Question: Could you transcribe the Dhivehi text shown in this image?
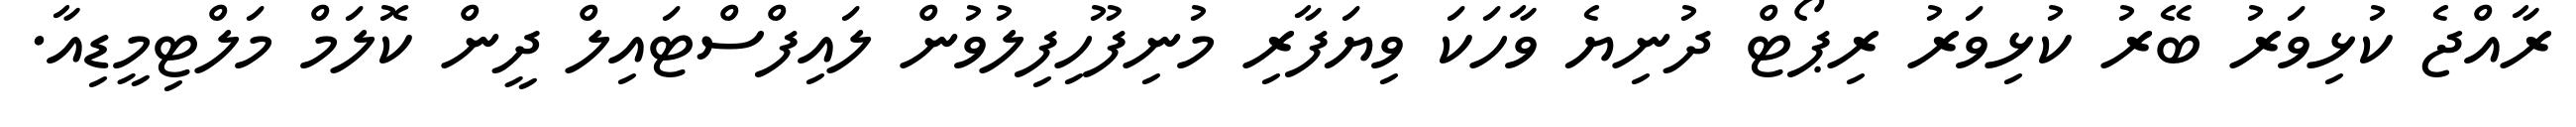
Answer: ރާއްޖެ ކުޅިވަރު ބޭރު ކުޅިވަރު ރިޕޯޓް ދުނިޔެ ވާހަކަ ވިޔަފާރި މުނިފޫހިފިލުވުން ލައިފްސްޓައިލް ދީން ކޮލަމް މަލްޓިމީޑިއާ.